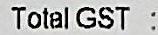
TOTAL GST :